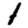
Digit: 1